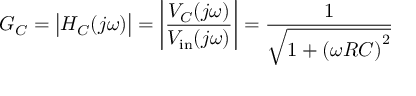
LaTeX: G _ { C } = { \big | } H _ { C } ( j \omega ) { \big | } = \left| { \frac { V _ { C } ( j \omega ) } { V _ { \mathrm { i n } } ( j \omega ) } } \right| = { \frac { 1 } { \sqrt { 1 + \left( \omega R C \right) ^ { 2 } } } }